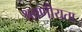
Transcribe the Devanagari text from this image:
श्रवणीयता